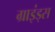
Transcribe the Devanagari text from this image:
ग्राइंड्स